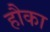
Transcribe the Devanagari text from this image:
हौका